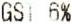
GST 6%